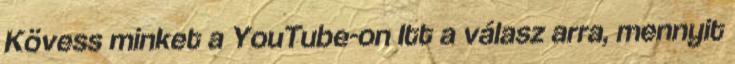
Kövess minket a YouTube-on Itt a válasz arra, mennyit